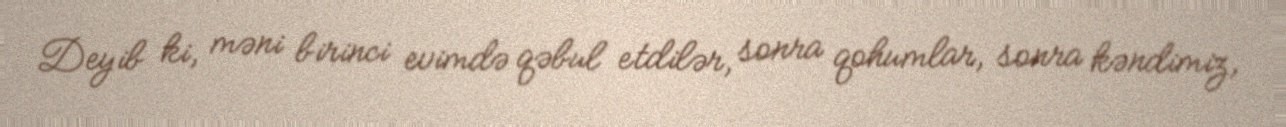
Deyib ki, məni birinci evimdə qəbul etdilər, sonra qohumlar, sonra kəndimiz,